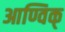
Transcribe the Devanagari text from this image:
आण्विक्